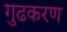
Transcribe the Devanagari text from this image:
गुढकरण